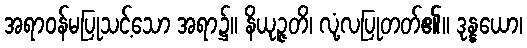
အရာဝန်မပြုသင့်သော အရာ၌။ နိယုဉ္ဇတိ၊ လုံ့လပြုတတ်၏။ ဒုန္နယော၊